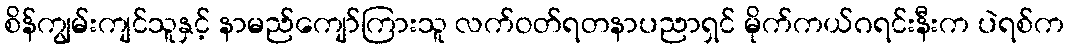
စိန်ကျွမ်းကျင်သူနှင့် နာမည်ကျော်ကြားသူ လက်ဝတ်ရတနာပညာရှင် မိုက်ကယ်ဂရင်းနီးက ပဲရစ်က